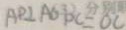
A P \bot A G + B C = O C